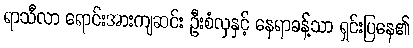
ရာသီလာ ရောင်းအားကျဆင်း ဦးစံလှနှင့် နေရာခန့်သာ ရှင်းပြနေ၏